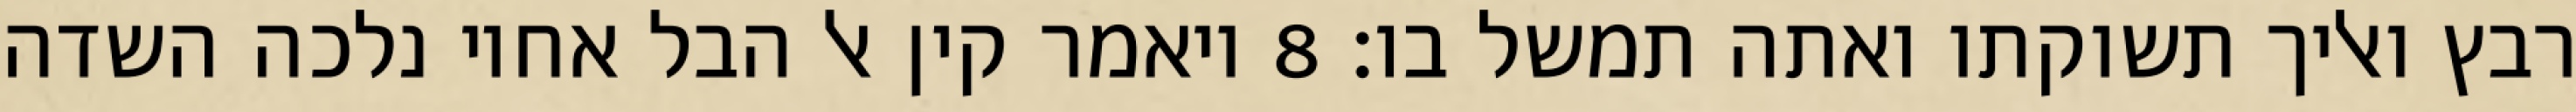
רבץ ואליך תשוקתו ואתה תמשל בו׃ ‎8‏ ויאמר קין אל הבל אחיו נלכה השדה